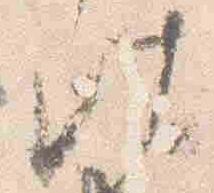
此